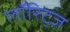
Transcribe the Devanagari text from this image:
लॉरिट्ज़